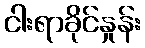
ငါးရာခိုင်နှုန်း